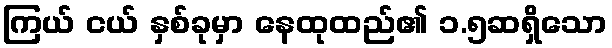
ကြယ် ငယ် နှစ်ခုမှာ နေထုထည်၏ ၁.၅ဆရှိသော